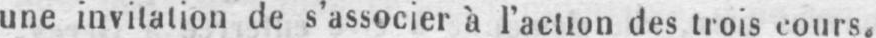
une invitation de s’associer à l’action des trois cours.